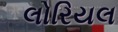
લોરિયલ